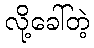
လို့ခေါ်တဲ့